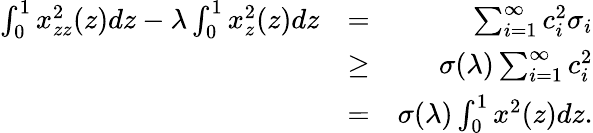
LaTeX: \begin{array}{rlr}{\int_{0}^{1}x_{zz}^{2}(z)dz-\lambda\int_{0}^{1}x_{z}^{2}(z)dz}&{=}&{\sum_{i=1}^{\infty}c_{i}^{2}\sigma_{i}}\\ &{\geq}&{\sigma(\lambda)\sum_{i=1}^{\infty}c_{i}^{2}}\\ &{=}&{\sigma(\lambda)\int_{0}^{1}x^{2}(z)dz.}\end{array}